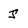
Character: J